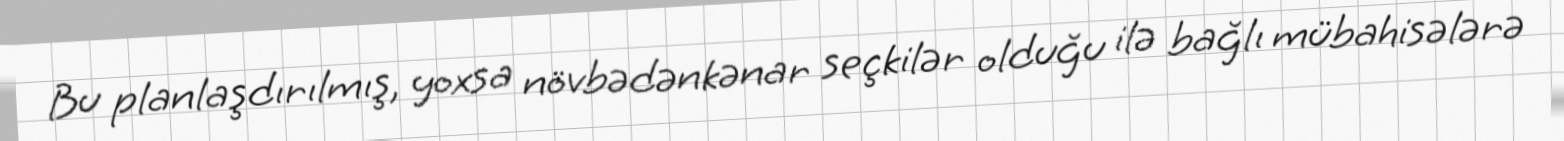
Bu planlaşdırılmış, yoxsa növbədənkənar seçkilər olduğu ilə bağlı mübahisələrə